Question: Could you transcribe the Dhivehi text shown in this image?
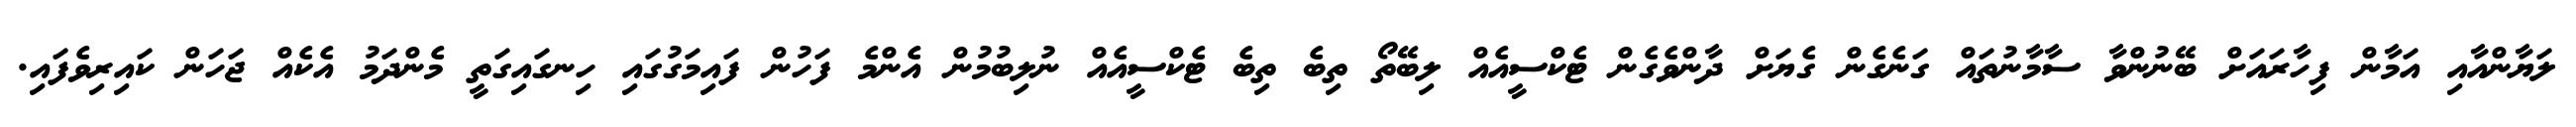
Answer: ލަޔާންއާއި އަމާން ފިހާރައަށް ބޭނުންވާ ސާމާނުތައް ގަނެގެން ގެޔަށް ދާންވެގެން ޓެކްސީއެއް ލިބޭތޯ ތިބެ ތިބެ ޓެކްސީއެއް ނުލިބުމުން އެންމެ ފަހުން ފައިމަގުގައި ހިނގައިގަތީ މެންދަމު އެކެއް ޖަހަން ކައިރިވެފައި.